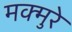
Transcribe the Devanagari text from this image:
मक्मुरे